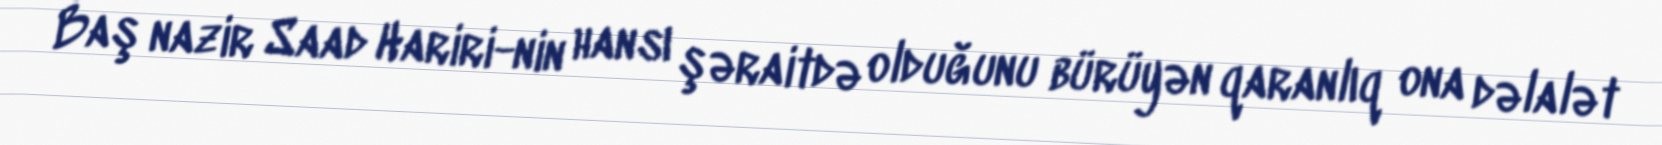
Baş nazir Saad Hariri-nin hansı şəraitdə olduğunu bürüyən qaranlıq ona dəlalət